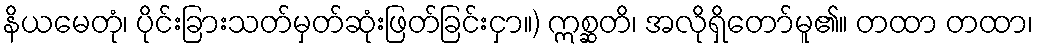
နိယမေတုံ၊ ပိုင်းခြားသတ်မှတ်ဆုံးဖြတ်ခြင်းငှာ။) ဣစ္ဆတိ၊ အလိုရှိတော်မူ၏။ တထာ တထာ၊